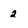
Character: 2